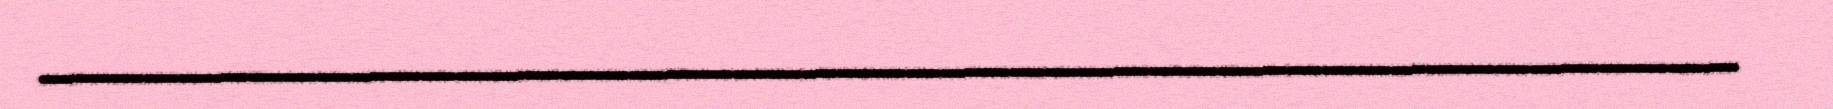
_________________________________________________